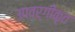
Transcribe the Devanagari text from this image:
उपवर्गीकृत